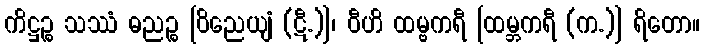
ကိဋ္ဌဉ္စ သဿံ ဓညဉ္စ [ဝိညေယျံ (ဋီ.)]၊ ဝီဟိ ထမ္ဗကရီ [ထမ္ဘကရီ (က.)] ရိတော။